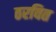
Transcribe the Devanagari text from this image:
ठरवित